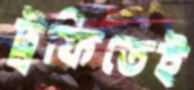
ট্রফিতেই